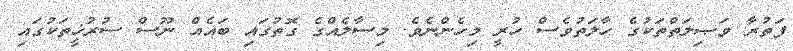
ފަތުރާ ވަޞިލަތްތަކުގެ ހާލަތުވެސް ހުރީ މިހެންނެވެ. މިސާލެއްގެ ގޮތުގައި ބައެއް ނޫސް ސުރުޚީތަކުގައި